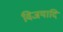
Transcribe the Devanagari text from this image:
विजयादि